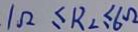
1 \Omega \leq R _ { 2 } \leq 6 \Omega